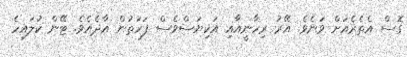
ގޮސް އެތެރެއަށް ވަނެވެ. އޭރު ރިހާނީއާއި އަކިޔަސްވެސް ފަހަތުން އާދެއެވެ. ޓޭން ކުލައިހެ